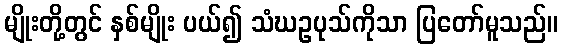
မျိုးတို့တွင် နှစ်မျိုး ပယ်၍ သံဃဥပုသ်ကိုသာ ပြတော်မူသည်။